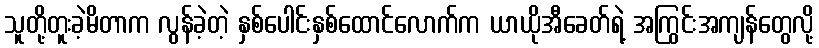
သူတို့တူးခဲ့မိတာက လွန်ခဲ့တဲ့ နှစ်ပေါင်းနှစ်ထောင်လောက်က ယာယိုအီခေတ်ရဲ့ အကြွင်းအကျန်တွေလို့